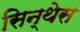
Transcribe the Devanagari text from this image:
सिन्थेस